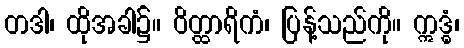
တဒါ၊ ထိုအခါ၌။ ဝိတ္ထာရိကံ၊ ပြန့်သည်ကို။ ဣဒ္ဓံ၊